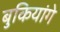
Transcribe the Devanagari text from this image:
बुकियांगे